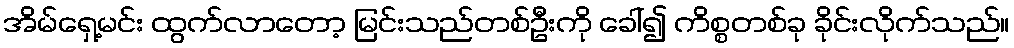
အိမ်ရှေ့မင်း ထွက်လာတော့ မြင်းသည်တစ်ဦးကို ခေါ်၍ ကိစ္စတစ်ခု ခိုင်းလိုက်သည်။